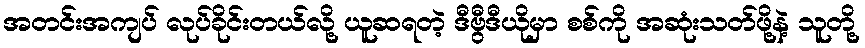
အတင်းအကျပ် လုပ်ခိုင်းတယ်လို့ ယူဆရတဲ့ ဒီဗွီဒီယိုမှာ စစ်ကို အဆုံးသတ်ဖို့နဲ့ သူတို့